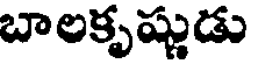
బాలకృష్ణుడు